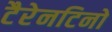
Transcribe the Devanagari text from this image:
टैरेनटिनो